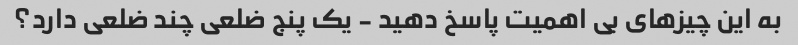
به این چیزهای بی اهمیت پاسخ دهید - یک پنج ضلعی چند ضلعی دارد؟